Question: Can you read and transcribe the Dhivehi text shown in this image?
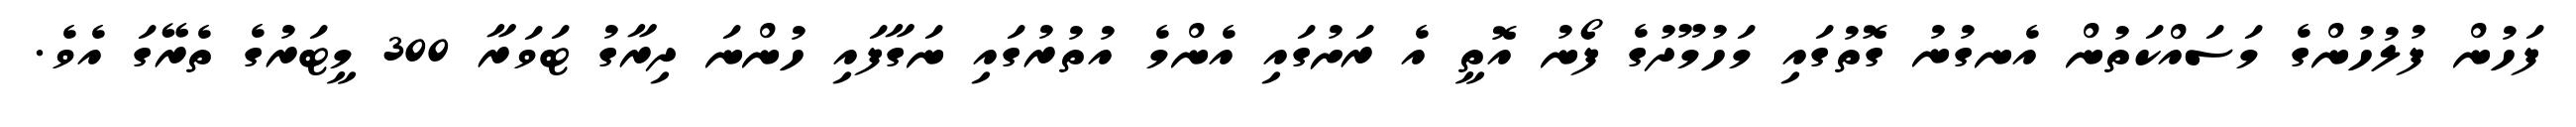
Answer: ފަހުން ފުލުހުންގެ މަސައްކަތުން އެނގުނު ގޮތުގައި މަހުމޫދުގެ ފޯނު އޮތީ އެ ރަށުގައި އެންމެ އުތުރުގައި ނަގާފައި ހުންނަ ދިރާގު ޓަވަރާ 300 މީޓަރުގެ ތެރޭގަ އެވެ.